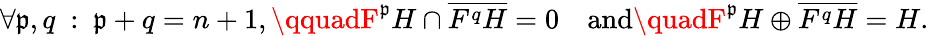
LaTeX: \forall\mathfrak{p},q\ :\ \mathfrak{p}+q=n+1,\qquadF^{\mathfrak{p}}H\cap{\overline{{{F^{q}H}}}}=0\quad{\mathrm{{and}}}\quadF^{\mathfrak{p}}H\oplus{\overline{{{F^{q}H}}}}=H.